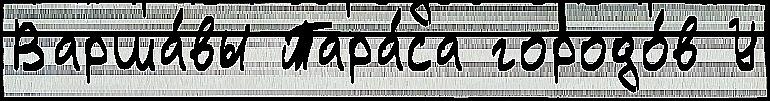
Варша́вы Тара́са городо́в У